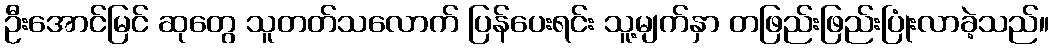
ဦးအောင်မြင် ဆုတွေ သူတတ်သလောက် ပြန်ပေးရင်း သူ့မျက်နှာ တဖြည်းဖြည်းပြုံးလာခဲ့သည်။